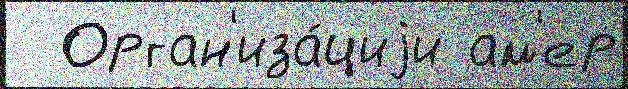
  Орган'иза́циjи ам'ер